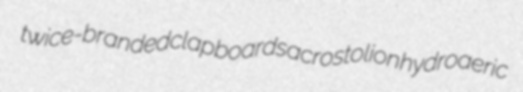
twice-branded clapboards acrostolion hydroaeric